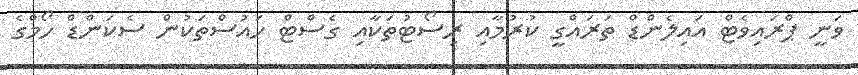
ވަނީ ޕްރައިވެޓް އައިލެންޑް ތަރައްގީ ކުރުމާއި ރިސޯޓުތަކާއި ގެސްޓް ހައުސްތަކުން ސެކަންޑް ހޯމްގެ